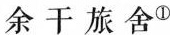
余干旅舍^{①}